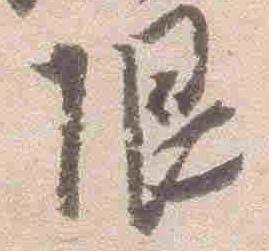
限